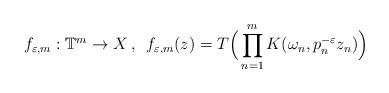
LaTeX: \begin{align*}f_{\varepsilon, m}: \mathbb{T}^m \rightarrow X\,,\,\,\,f_{\varepsilon, m}(z)=T\Big(\prod_{n=1}^{m}{K(\omega_{n}, p_{n}^{- \varepsilon}z_n)}\Big)\end{align*}